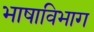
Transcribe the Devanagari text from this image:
भाषाविभाग